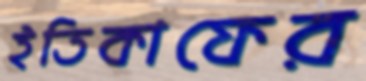
ইতিকাফের